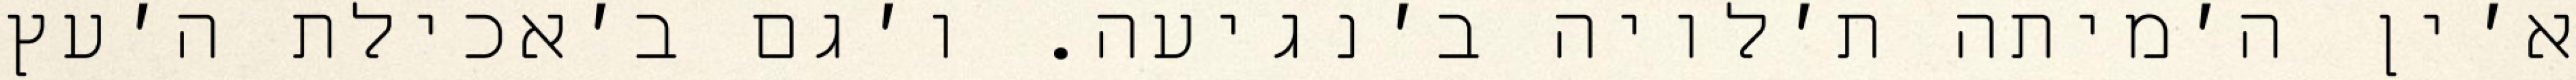
א׳ין ה׳מיתה ת׳לויה ב׳נגיעה. ו׳גם ב׳אכילת ה׳עץ